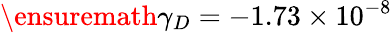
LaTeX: \ensuremath{\gamma}_{D}=-1.73\times 10^{-8}